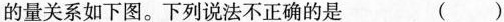
的量关系如下图。下列说法不正确的是 ( )